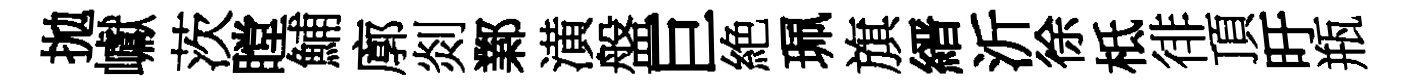
拋巘茨瞠鯆廓剡鄴潢盤巨絶珮旗縉沂徐柢徘頂旴瓶